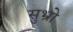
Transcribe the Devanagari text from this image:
सुभ्रो